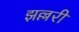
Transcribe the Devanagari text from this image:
झल्लरी